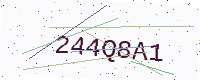
Text: 244Q8A1